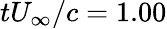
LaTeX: tU_{\infty}/c=1.00